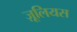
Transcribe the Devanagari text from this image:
ज़ूलियस